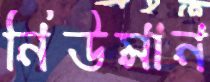
নিউমান